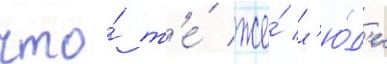
что́ т'е́ же́ л'ю́д'и